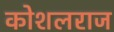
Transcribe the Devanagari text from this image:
कोशलराज